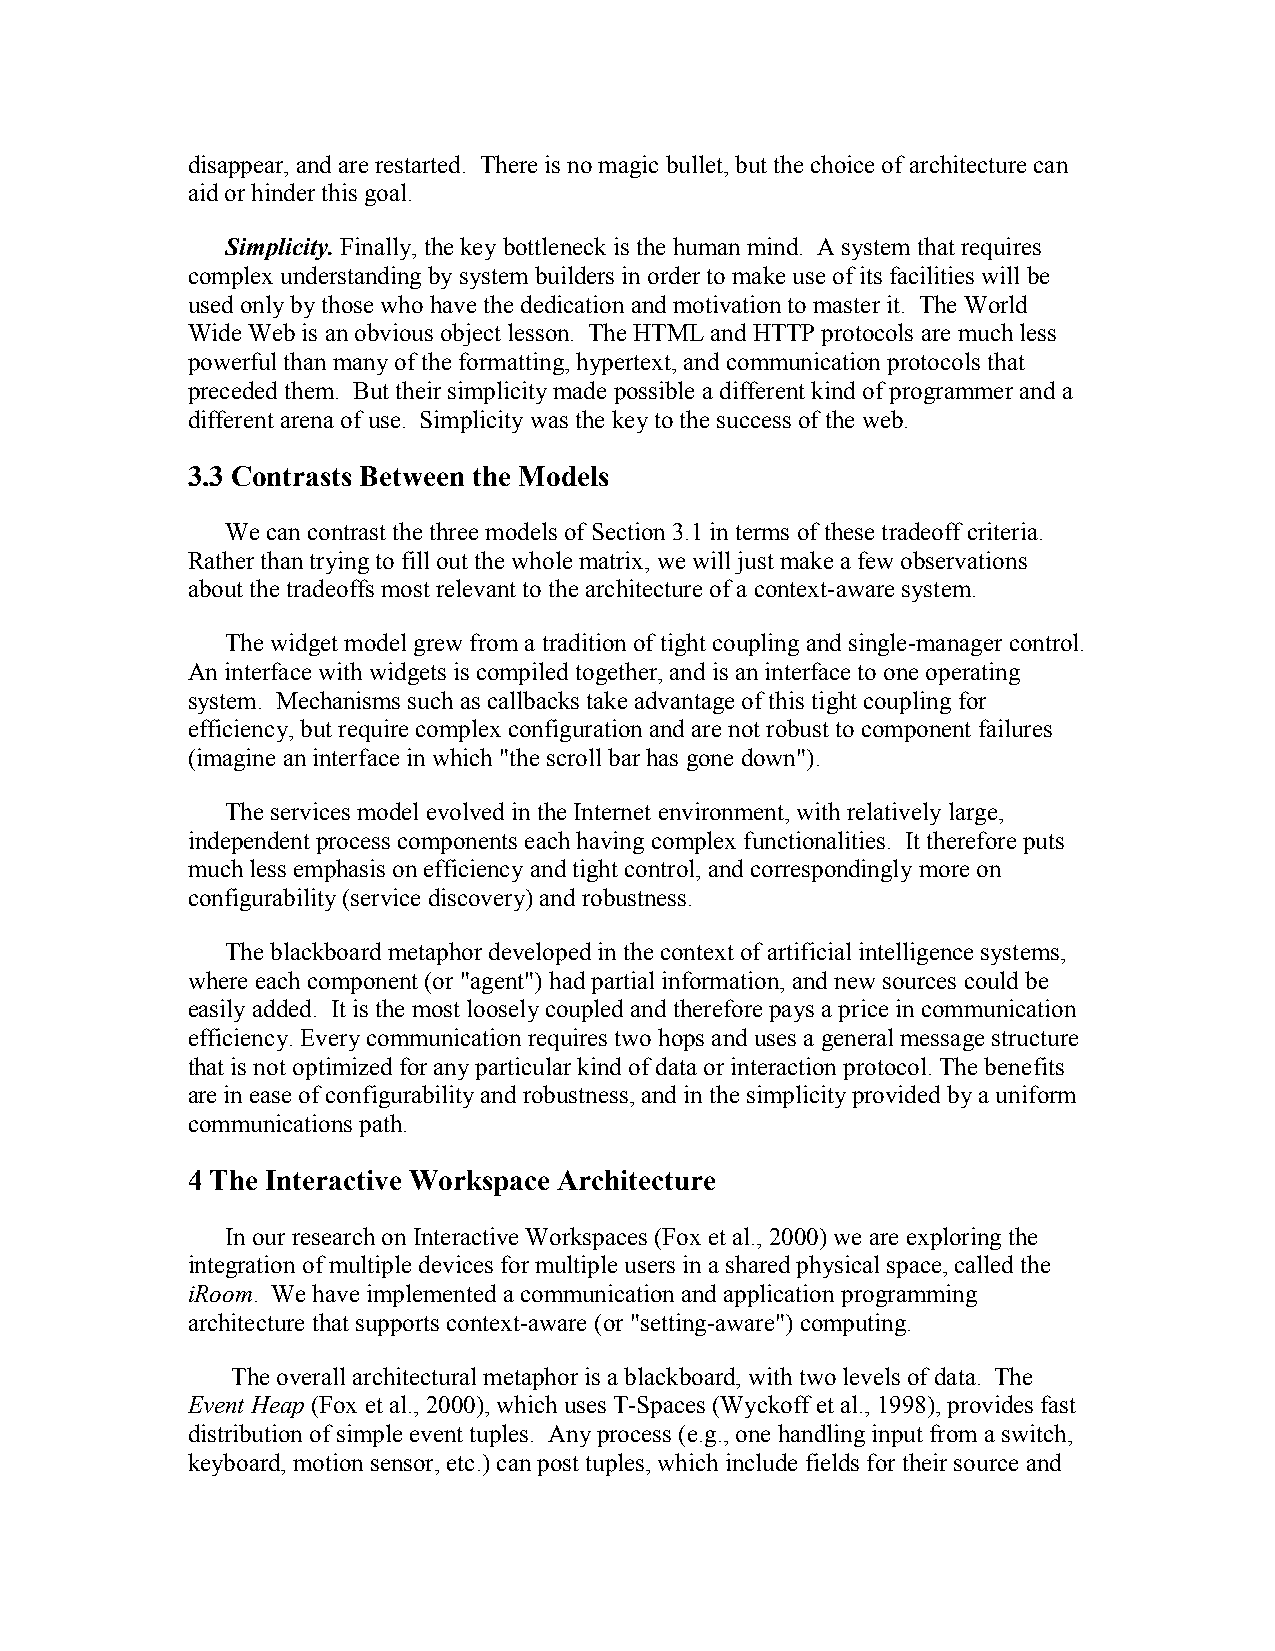
disappear, and are restarted. There is no magic bullet, but the choice of architecture can
 aid or hinder this goal.
 Simplicity. Finally, the key bottleneck is the human mind. A system that requires
 complex understanding by system builders in order to make use of its facilities will be
 used only by those who have the dedication and motivation to master it. The World
 Wide Web is an obvious object lesson. The HTML and HTTP protocols are much less
 powerful than many of the formatting, hypertext, and communication protocols that
 preceded them. But their simplicity made possible a different kind of programmer and a
 different arena of use. Simplicity was the key to the success of the web.
 3.3 Contrasts Between the Models
 We can contrast the three models of Section 3.1 in terms of these tradeoff criteria.
 Rather than trying to fill out the whole matrix, we will just make a few observations
 about the tradeoffs most relevant to the architecture of a context-aware system.
 The widget model grew from a tradition of tight coupling and single-manager control.
 An interface with widgets is compiled together, and is an interface to one operating
 system. Mechanisms such as callbacks take advantage of this tight coupling for
 efficiency, but require complex configuration and are not robust to component failures
 (imagine an interface in which "the scroll bar has gone down").
 The services model evolved in the Internet environment, with relatively large,
 independent process components each having complex functionalities. It therefore puts
 much less emphasis on efficiency and tight control, and correspondingly more on
 configurability (service discovery) and robustness.
 The blackboard metaphor developed in the context of artificial intelligence systems,
 where each component (or "agent") had partial information, and new sources could be
 easily added. It is the most loosely coupled and therefore pays a price in communication
 efficiency. Every communication requires two hops and uses a general message structure
 that is not optimized for any particular kind of data or interaction protocol. The benefits
 are in ease of configurability and robustness, and in the simplicity provided by a uniform
 communications path.
 4 The Interactive Workspace Architecture
 In our research on Interactive Workspaces (Fox et al., 2000) we are exploring the
 integration of multiple devices for multiple users in a shared physical space, called the
 iRoom. We have implemented a communication and application programming
 architecture that supports context-aware (or "setting-aware") computing.
 The overall architectural metaphor is a blackboard, with two levels of data. The
 Event Heap (Fox et al., 2000), which uses T-Spaces (Wyckoff et al., 1998), provides fast
 distribution of simple event tuples. Any process (e.g., one handling input from a switch,
 keyboard, motion sensor, etc.) can post tuples, which include fields for their source and